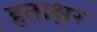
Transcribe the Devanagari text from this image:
हताक्षर